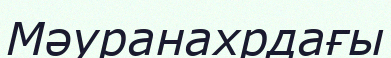
Мәуранахрдағы